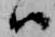
ハ